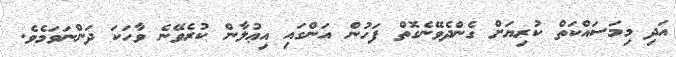
އަދި މިމަސައްކަތް ކުރިޔަށް ގެންދެވޭނެގޮތް ފަހުން އަންގައި އިޢުލާން ކުރެވޭނެ ވާހަކަ ދަންނަވަމެވެ.